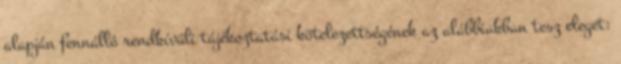
alapján fennálló rendkívüli tájékoztatási kötelezettségének az alábbiakban tesz eleget: